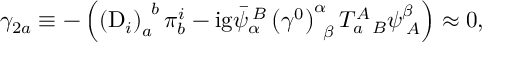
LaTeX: \gamma _ { 2 a } \equiv - \left( \left( \mathrm { D } _ { i } \right) _ { a } ^ { \; \; b } \pi _ { b } ^ { i } - \mathrm { i g } \bar { \psi } _ { \alpha } ^ { \; B } \left( \gamma ^ { 0 } \right) _ { \; \; \beta } ^ { \alpha } T _ { a \; \; B } ^ { A } \psi _ { \; A } ^ { \beta } \right) \approx 0 ,